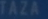
TAZA